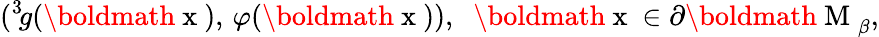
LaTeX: (^{3}\! g(\mathrm{\boldmath~x~}),\, \varphi(\mathrm{\boldmath~x~})),\; \; \mathrm{\boldmath~x~}\in\partial\mathrm{\boldmath~M~}_{\beta},